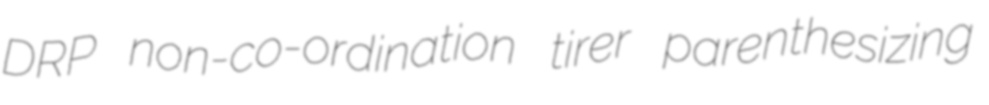
DRP non-co-ordination tirer parenthesizing